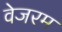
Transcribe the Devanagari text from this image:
वेजरम